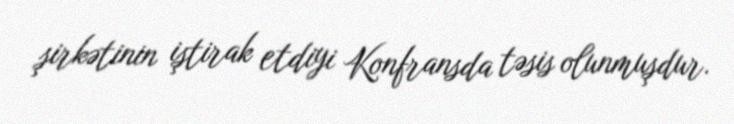
şirkətinin iştirak etdiyi Konfransda təsis olunmuşdur.